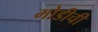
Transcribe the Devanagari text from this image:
मोडीचीं